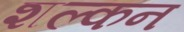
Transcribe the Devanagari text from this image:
शल्‍कन